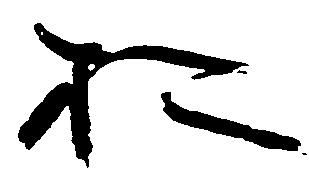
於